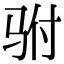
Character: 驸